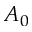
A _ { 0 }